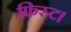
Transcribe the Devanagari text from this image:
फिस्ट।